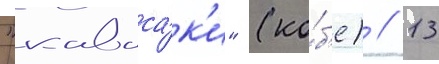
"каваса́к'и" (ко́б'е) // 13